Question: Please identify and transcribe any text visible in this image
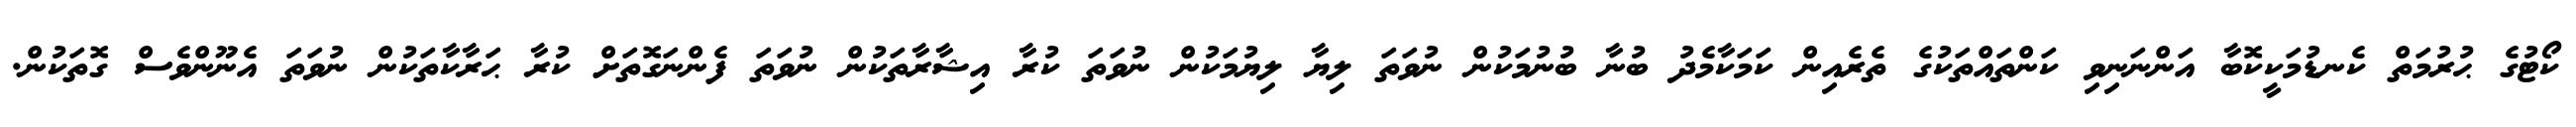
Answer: ކޯޓުގެ ޙުރުމަތް ކެނޑުމަކީކޮބާ އަންނަނިވި ކަންތައްތަކުގެ ތެރެއިން ކަމަކާމެދު ބުނާ ބުނުމަކުން ނުވަތަ ލިޔާ ލިޔުމަކުން ނުވަތަ ކުރާ އިޝާރާތަކުން ނުވަތަ ފެންނަގޮތަށް ކުރާ ޙަރާކާތަކުން ނުވަތަ އެނޫންވެސް ގޮތަކުން.